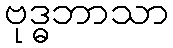
ဗုဒ္ဓဘာသာ